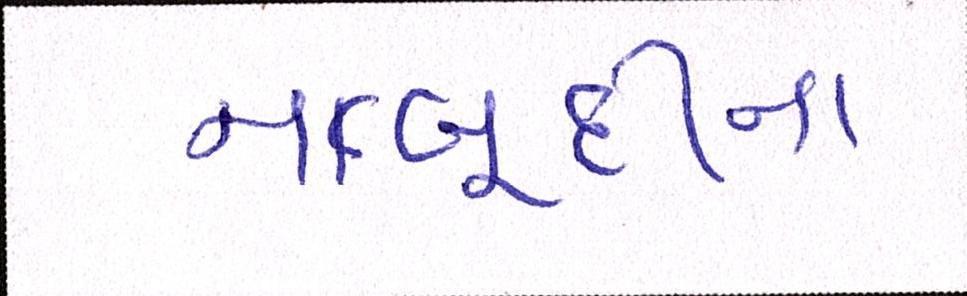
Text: નાબૂદીના